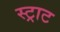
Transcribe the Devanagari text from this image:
स्ट्राट